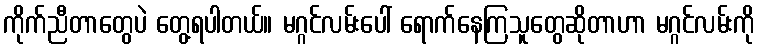
ကိုက်ညီတာတွေပဲ တွေ့ရပါတယ်။ မဂ္ဂင်လမ်းပေါ် ရောက်နေကြသူတွေဆိုတာဟာ မဂ္ဂင်လမ်းကို